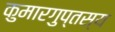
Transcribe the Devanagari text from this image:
कुमारगुप्तस्य